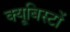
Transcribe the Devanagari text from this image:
क्यूबिस्टों